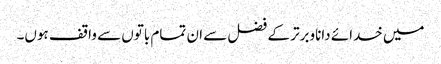
میں خدائے داناوبرتر کے فضل سے ان تمام باتوں سے واقف ہوں۔